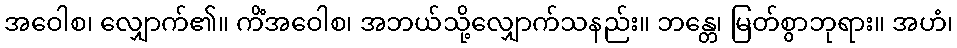
အဝေါစ၊ လျှောက်၏။ ကိံအဝေါစ၊ အဘယ်သို့လျှောက်သနည်း။ ဘန္တေ၊ မြတ်စွာဘုရား။ အဟံ၊